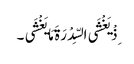
ِذْ یَغْشَی السِّدْرَةَ مَا یَغْشَی ۔